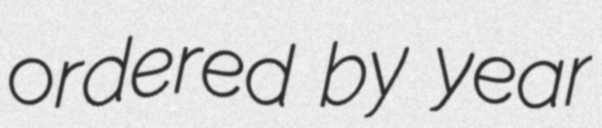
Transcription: ordered by year